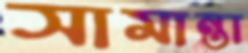
সামান্তা